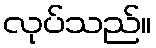
လုပ်သည်။